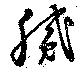
膩